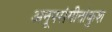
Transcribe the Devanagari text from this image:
अनूपसंगीतांकुश